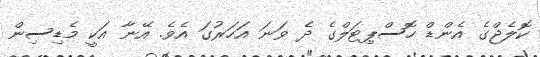
ކޮލެޖްގެ އެންޑް ހޮސްޕިޓަލްގެ ދެ ވަނަ އަހަރުގަ އެވެ. އޭނާ އަކީ މެޑިސިން